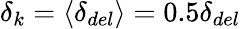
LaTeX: \delta_{k}=\langle\delta_{del}\rangle=0.5\delta_{del}